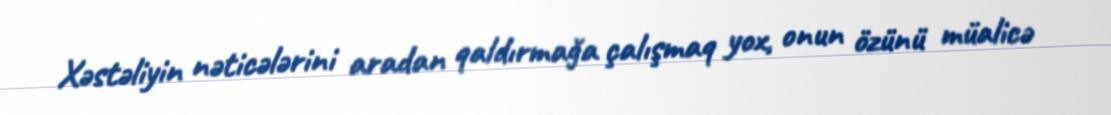
Xəstəliyin nəticələrini aradan qaldırmağa çalışmaq yox, onun özünü müalicə